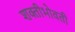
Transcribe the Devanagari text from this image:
शक्तीभोवती